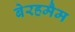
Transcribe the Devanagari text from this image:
बेरहमैम